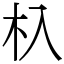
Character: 杁